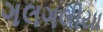
ગલગલીયા